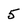
Character: 5